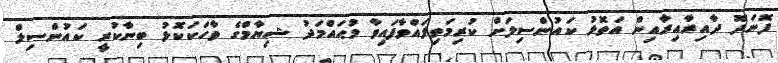
ފޮނަދޫ ދާއިރާއިރާއިން އަތޮޅު ކައުންސިލަށް ކުރިމަތިލައްވާފައިވާ މުޙައްމަދު ޝިޔާމްގެ ވާހަކަކޮޅު ބިނާކުރީ ކައުންސިލް